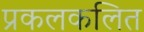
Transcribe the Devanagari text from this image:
प्रकलकलित